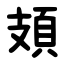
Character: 頍